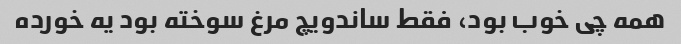
همه چی خوب بود، فقط ساندویچ مرغ سوخته بود یه خورده